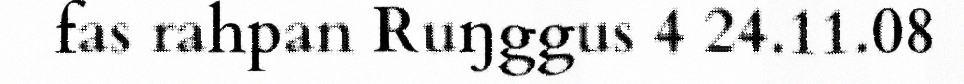
fas rahpan Ruŋggus 4 24.11.08